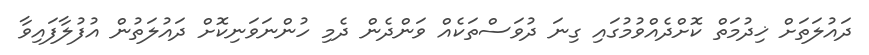
ދައުލަތަށް ޚިދުމަތް ކޮށްދެއްވުމުގައި ގިނަ ދުވަސްތަކެއް ވަންދެން ދެމި ހުންނަވަނިކޮށް ދައުލަތުން އުފުލާފައިވާ